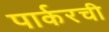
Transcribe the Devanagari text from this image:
पार्करची